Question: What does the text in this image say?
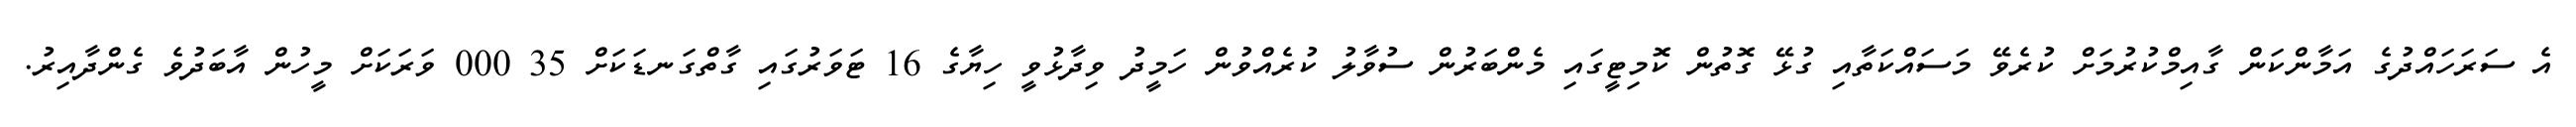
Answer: އެ ސަރަހައްދުގެ އަމާންކަން ގާއިމްކުރުމަށް ކުރެވޭ މަސައްކަތާއި ގުޅޭ ގޮތުން ކޮމިޓީގައި މެންބަރުން ސުވާލު ކުރެއްވުން ހަމީދު ވިދާޅުވީ ހިޔާގެ 16 ޓަވަރުގައި ގާތްގަނޑަކަށް 35 000 ވަރަކަށް މީހުން އާބަދުވެ ގެންދާއިރު.